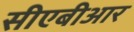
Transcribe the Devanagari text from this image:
सीएबीआर